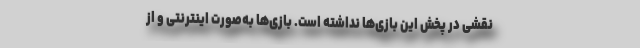
نقشی در پخش این بازی‌ها نداشته است. بازی‌ها به‌صورت اینترنتی و از